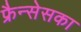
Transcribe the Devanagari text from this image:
फ्रैन्सेसका